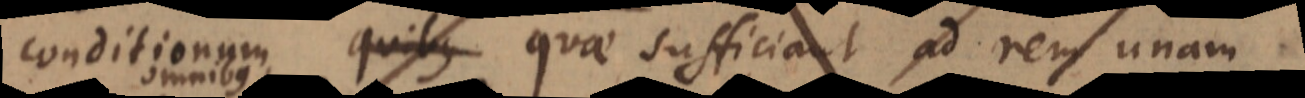
conditionum quibus quae sufficiant ad rem unam